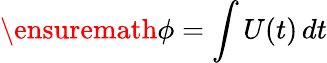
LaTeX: \ensuremath{\phi}=\int U(t)\, dt